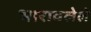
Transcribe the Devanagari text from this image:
भारावलेले